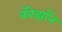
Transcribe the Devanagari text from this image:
ब्रॅबेझॉन